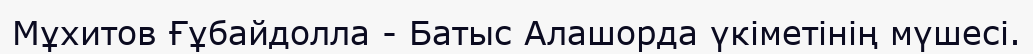
Мұхитов Ғұбайдолла - Батыс Алашорда үкіметінің мүшесі.